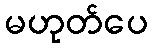
မဟုတ်ပေ